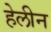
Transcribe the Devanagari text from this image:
हेलीन